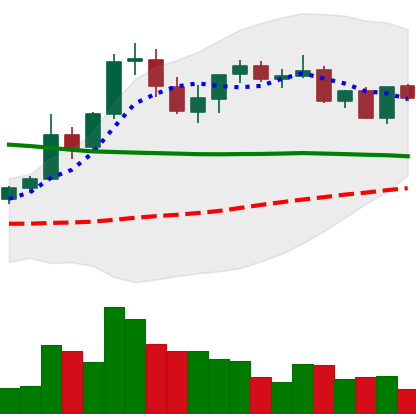
Ticker: XRP-USD
Chart end date: 2021-08-28
Forward return: 9.674%
Label: up_7plus